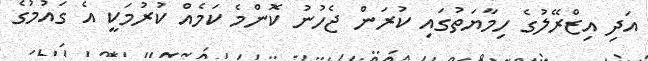
އަދި އިޒްރޭލުގެ ހިމާޔަތުގައި ކުރަން ޖެހުނު ކޮންމެ ކަމެއް ކުރުމަކީ އެ ގައުމުގެ